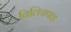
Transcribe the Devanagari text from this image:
विलिचपाड